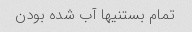
تمام بستنیها آب شده بودن